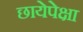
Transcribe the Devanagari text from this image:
छायेपेक्षा